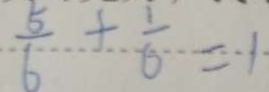
\frac { 5 } { 6 } + \frac { 1 } { 6 } = 1